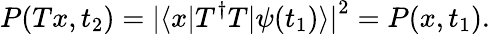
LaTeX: P(Tx,t_{2})=\left|\langle x\right|T^{\dagger}T\left|\psi(t_{1})\rangle\right|^{2}=P(x,t_{1}).